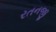
રતનજી